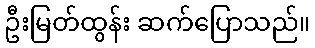
ဦးမြတ်ထွန်း ဆက်ပြောသည်။